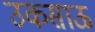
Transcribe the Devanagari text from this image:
उकसाऊ